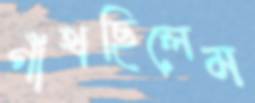
গাঁথছিলেম